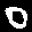
Label: 0